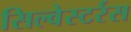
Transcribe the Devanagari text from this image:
सिल्वेस्टर्रस